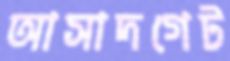
আসাদগেট